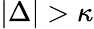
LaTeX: |\Delta|>\kappa